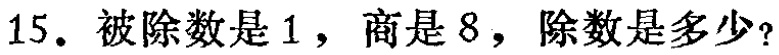
15. 被除数是1，商是8，除数是多少？